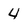
Character: 4